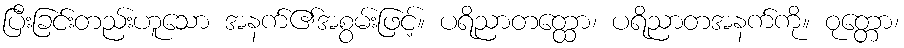
ပြီးခြင်းတည်းဟူသော အနက်၏အစွမ်းဖြင့်။ ပရိညာတတ္ထော၊ ပရိညာတအနက်ကို။ ဝုတ္တော၊